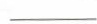
__